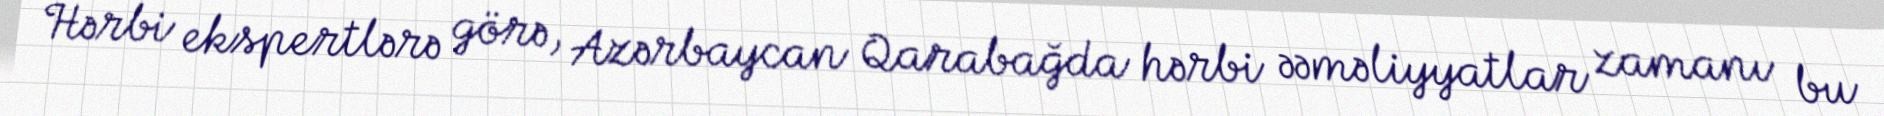
Hərbi ekspertlərə görə, Azərbaycan Qarabağda hərbi əəməliyyatlar zamanı bu